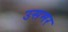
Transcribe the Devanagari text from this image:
उसमर